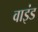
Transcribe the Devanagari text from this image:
वाइंड